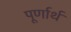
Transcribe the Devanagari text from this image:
पूर्णार्थ